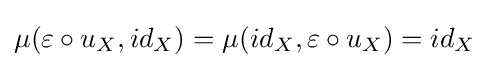
\mu (\varepsilon \circ u_{X},id_{X})=\mu (id_{X},\varepsilon \circ u_{X})=id_{X}